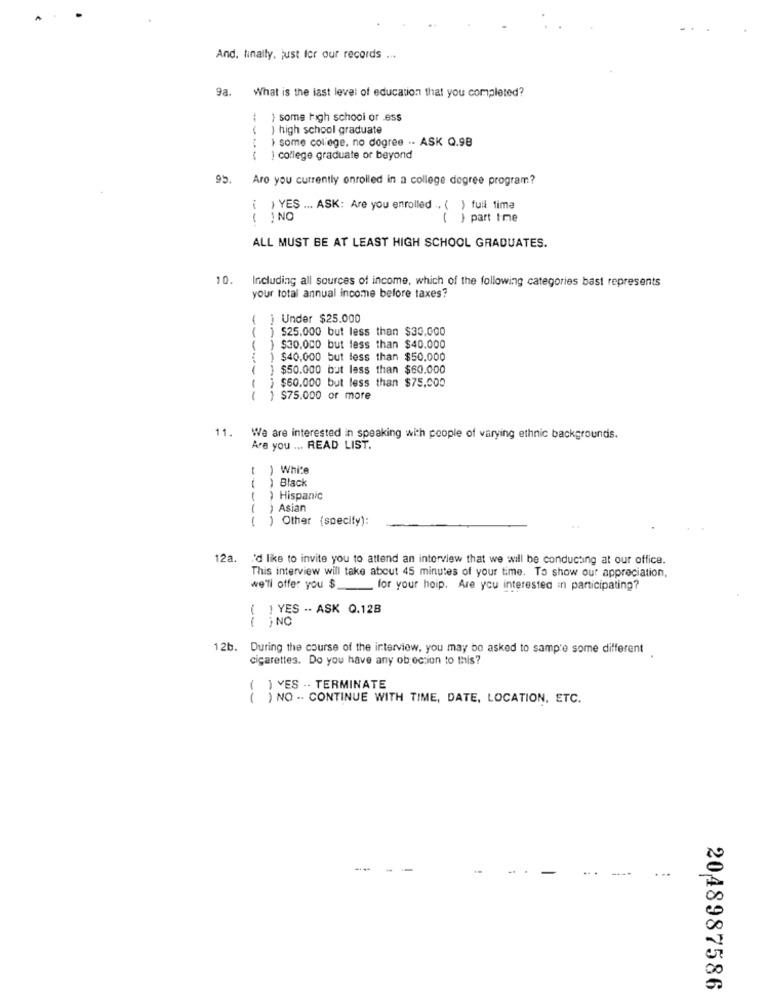
And. finally, just for our records ...
9a. What is the last level of education that you completed?
some high school of ess
} high school graduate
some college, no degree .. ASK Q.98
college graduate or beyond
95. Aro you currently enrolled in a college degree program?
( ) YES ... ASK: Are you enrolled . ( ) full time
( ! NO
( } part time
ALL MUST BE AT LEAST HIGH SCHOOL GRADUATES.
10.
Including all sources of income, which of the following categories bast represents
your total annual income before taxes?
( ) Under $25.000
( ) 525.000 but less than $30.000
) $30.000 but less than $40.000
) $40,000 but less than $50.000
$50.000 but less than $60.000
-
$60.000 but less than $75,000
1
) $75.000 or more
11.
We are interested in speaking with people of varying ethnic backgroundis.
Are you ... READ LIST.
( ) White
( ) Black
( ) Hispanic
( ) Asian
( ) Other (specify):
. I'd like to invite you to attend an interview that we will be conducting at our office.
This interview will take about 45 minutes of your time. To show our appreciation,
we'll offer you $
for your hoip. Are you interested in participating?
( ) YES -- ASK Q.128
( ) NO
12b. During the course of the interview, you may be asked to samp'e some different
cigarettes. Do you have any objection to this?
VES -- TERMINATE
( ) NO -. CONTINUE WITH TIME, DATE, LOCATION, ETC.
.. -
2048987586